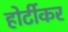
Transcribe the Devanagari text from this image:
होर्टीकर